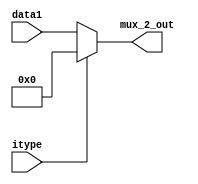
`timescale 1ns / 1ps
//////////////////////////////////////////////////////////////////////////////////
// Company: 
// Engineer: 
// 
// Design Name: 
// Module Name:    mux_2 
// Project Name: 
// Target Devices: 
// Tool versions: 
// Description: 
//
// Dependencies: 
//
// Revision: 
// Revision 0.01 - File Created
// Additional Comments: 
//
//////////////////////////////////////////////////////////////////////////////////
module mux_2(
    input [31:0] data1,
    input itype,
    output [31:0] mux_2_out
    );
	
	assign mux_2_out = (itype == 1)?0:data1;

endmodule